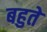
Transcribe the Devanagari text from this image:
बहुते